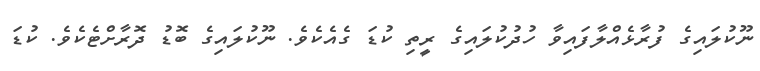
ނޫކުލައިގެ ފުރާޅެއްލާފައިވާ ހުދުކުލައިގެ ރީތި ކުޑަ ގެއެކެވެ. ނޫކުލައިގެ ބޮޑު ދޮރާށްޓެކެވެ. ކުޑަ